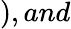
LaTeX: ),and